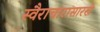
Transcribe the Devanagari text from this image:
स्वैराचारासारखे